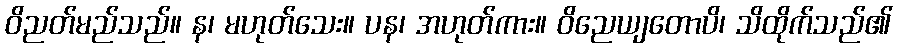
ဝိညတ်မည်သည်။ န၊ မဟုတ်သေး။ ပန၊ အဟုတ်ကား။ ဝိညေယျတောပိ၊ သိထိုက်သည်၏